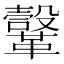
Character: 𩍤